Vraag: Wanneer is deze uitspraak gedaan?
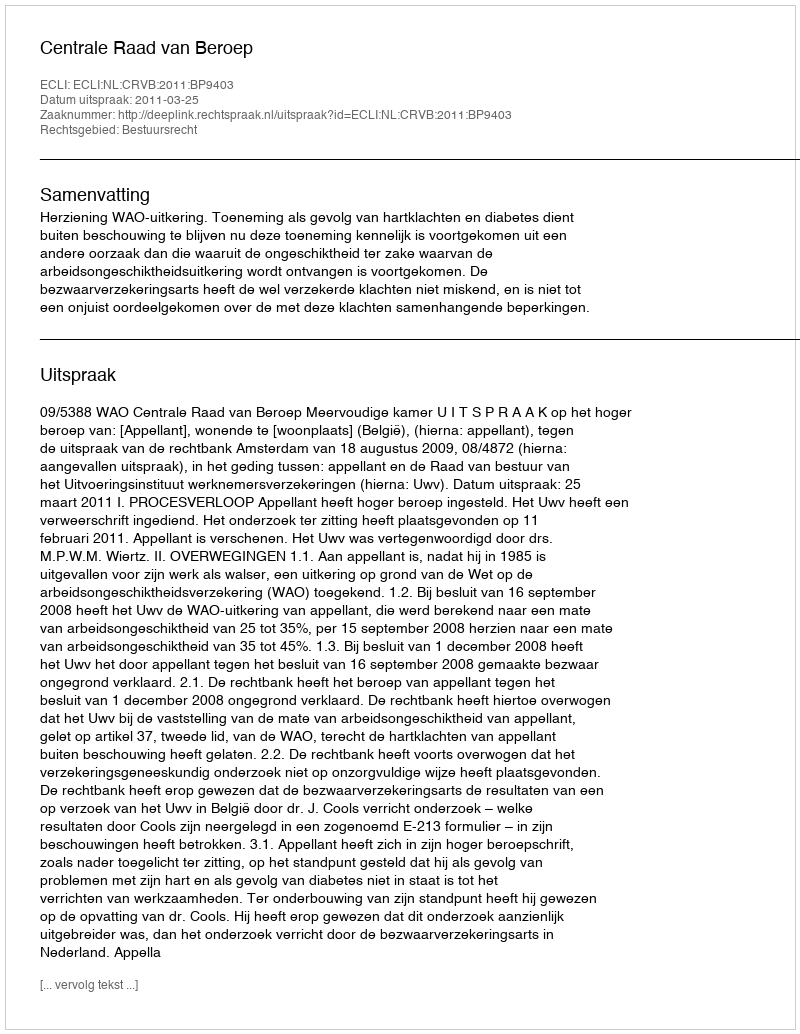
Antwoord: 2011-03-25